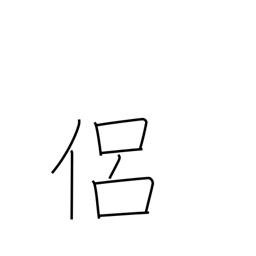
Meaning: follower